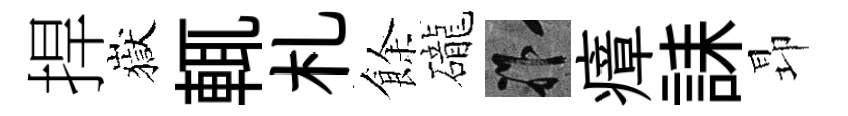
捍嶽輒札餘礲祚瘴誄昻